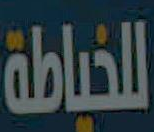
للخياطة